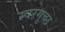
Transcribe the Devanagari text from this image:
स्वरगुच्छ